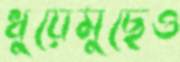
ধুয়েমুছেও